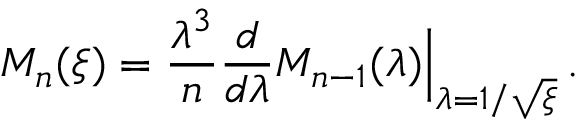
M _ { n } ( \xi ) = \frac { \lambda ^ { 3 } } { n } \frac { d } { d \lambda } M _ { n - 1 } ( \lambda ) { \Big | } _ { \lambda = 1 / \sqrt { \xi } } \, .